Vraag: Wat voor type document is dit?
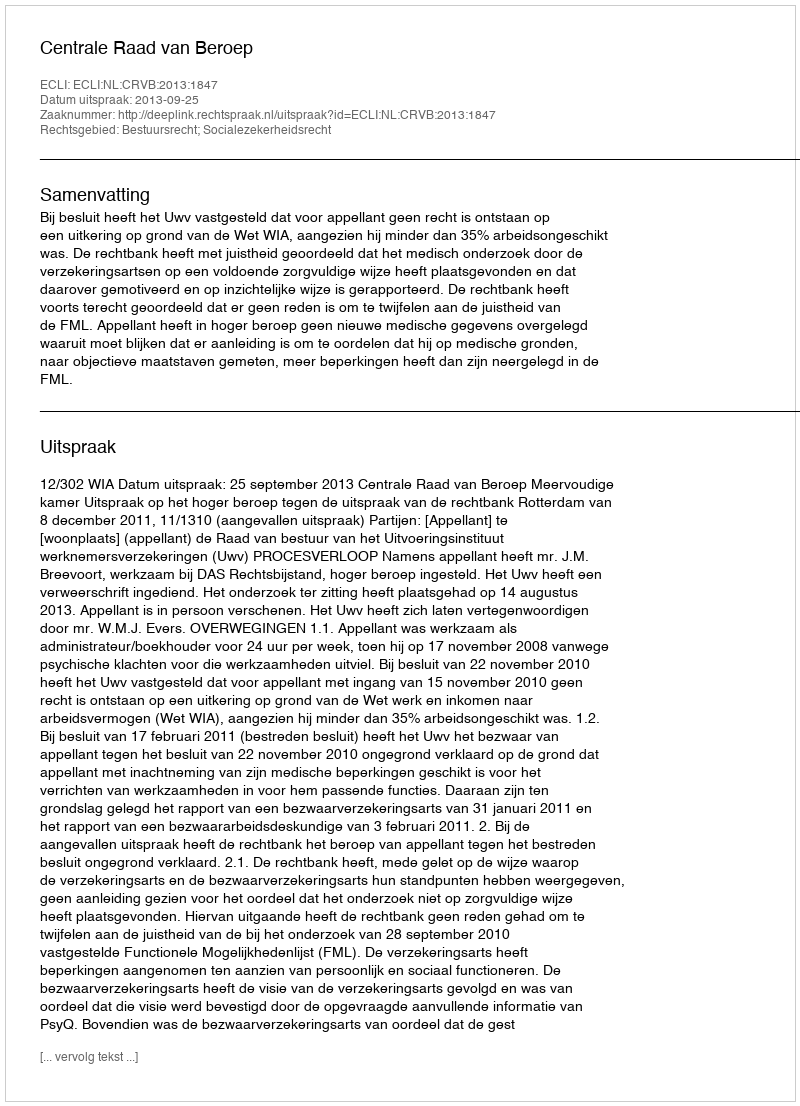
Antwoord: Uitspraak